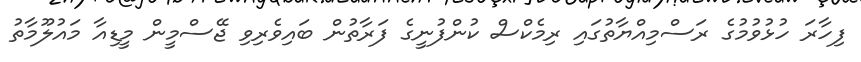
ފިހާރަ ހުޅުވުމުގެ ރަސްމިއްޔާތުގައި ރިމެކްސް ކުންފުނީގެ ފަރާތުން ބައިވެރިވި ޖޭސްމީން މީޑިއާ މައުލޫމާތު